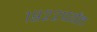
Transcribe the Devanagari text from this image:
१९२२पर्यंत